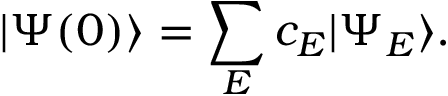
| \Psi ( 0 ) \rangle = \sum _ { E } c _ { E } | \Psi _ { E } \rangle .